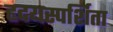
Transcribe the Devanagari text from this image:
हृदयस्पर्शिता